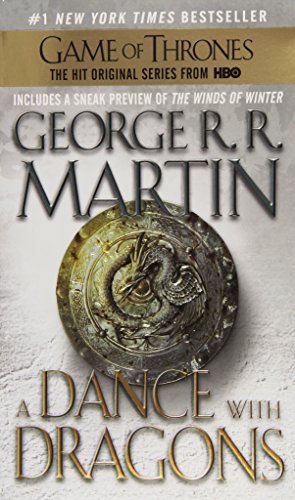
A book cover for A Dance with Dragons (A Song of Ice and Fire); George R. R. Martin; Science Fiction & Fantasy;